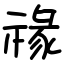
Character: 禒